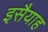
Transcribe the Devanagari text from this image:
इसैयाह